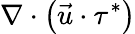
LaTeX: \nabla\cdot\left(\vec{u}\cdot\tau^{*}\right)